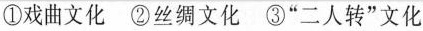
①戏曲文化 ②丝绸文化 ③”二人转”文化